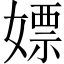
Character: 嫖